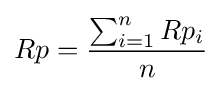
Rp={\frac {\sum _{i=1}^{n}Rp_{i}}{n}}